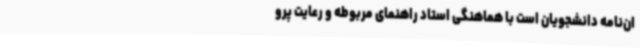
ان‌نامه دانشجویان است با هماهنگی استاد راهنمای مربوطه و رعایت پرو